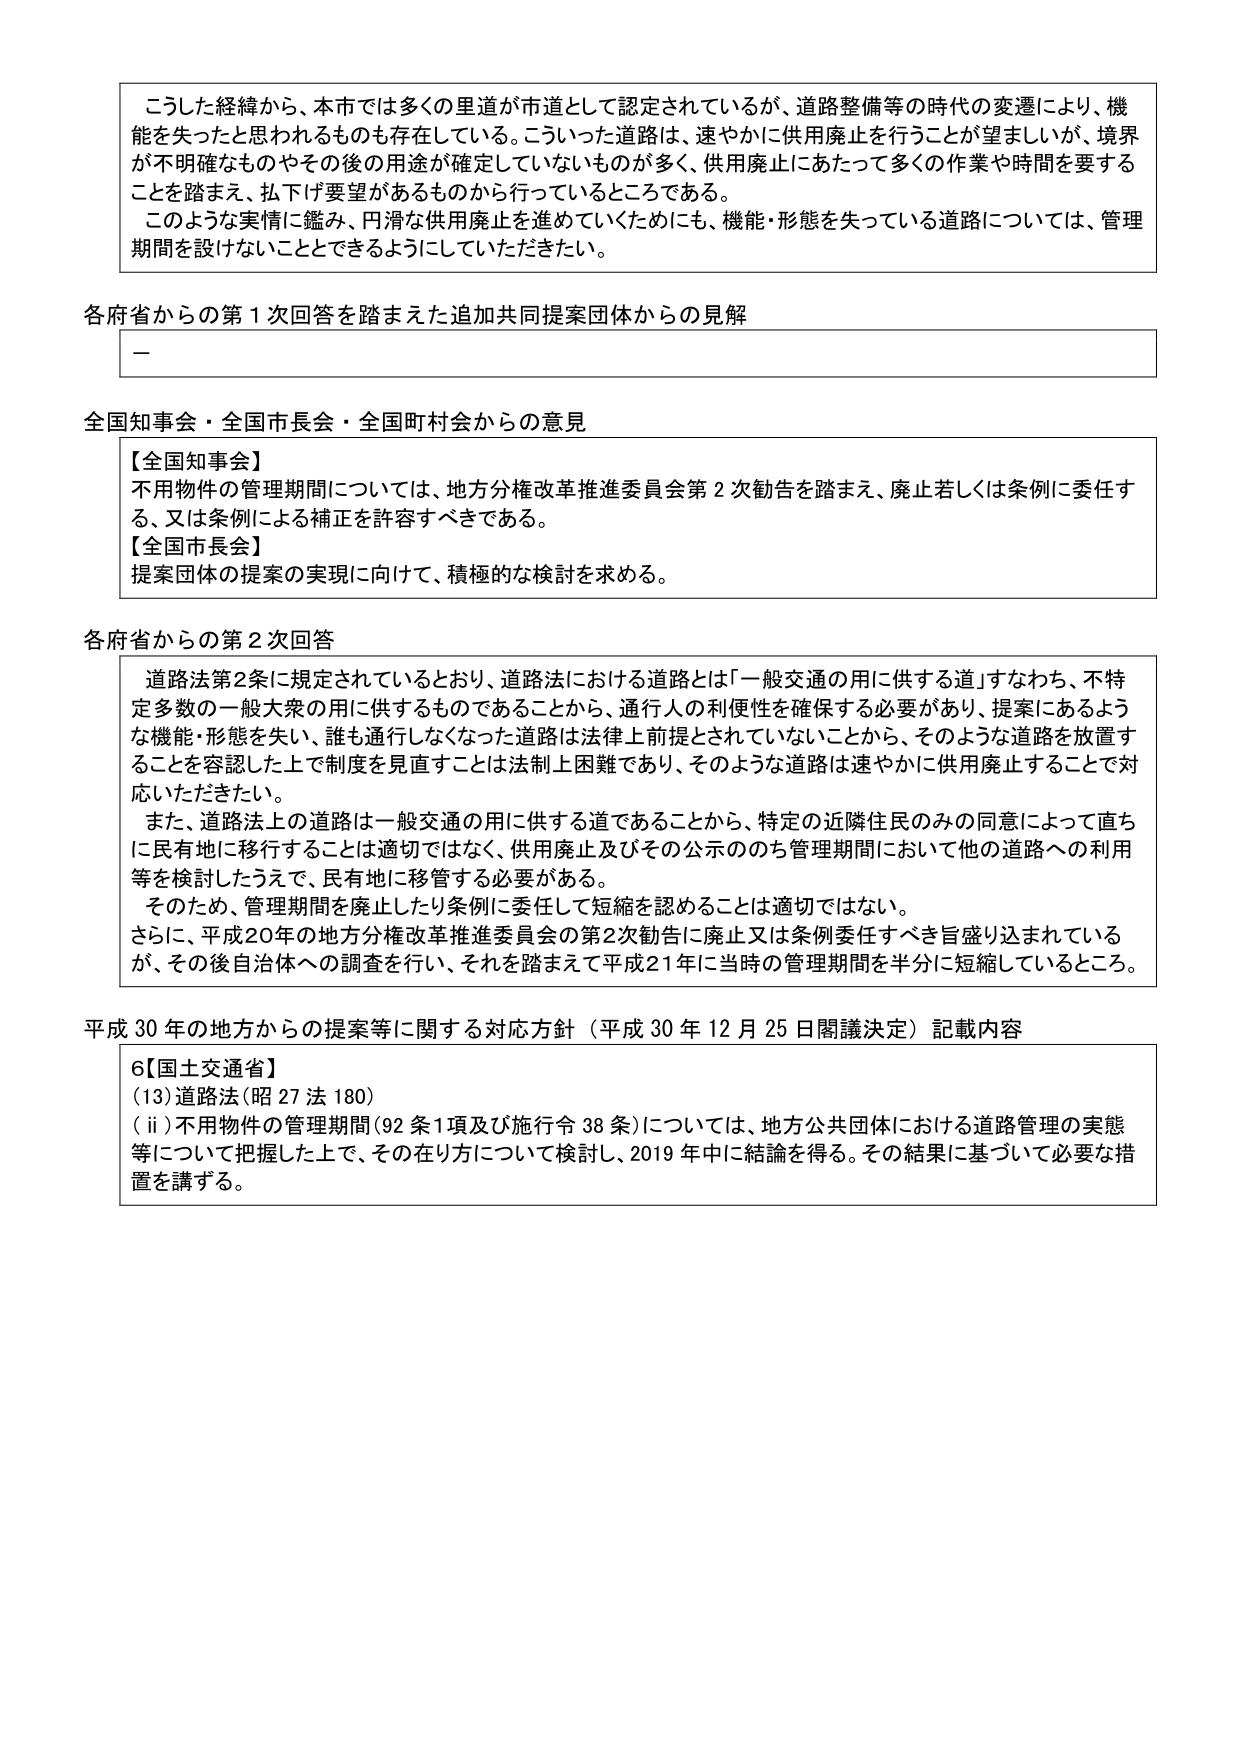
こうした経緯から、本市では多くの里道が市道として認定されているが、道路整備等の時代の変遷により、機能を失ったと思われるものも存在している。こういった道路は、速やかに供用廃止を行うことが望ましいが、境界が不明確なものやその後の用途が確定していないものが多く、供用廃止にあたって多くの作業や時間を要するこを踏まえ、払下げ要望があるものから行っているところである。

このような実情に鑑み、円滑な供用廃止を進めていくためにも、機能・形態を失っている道路については、管理期間を設けないこととできるようにしていただきたい。

各府省からの第１次回答を踏まえた追加共同提案団体からの見解

—

全国知事会・全国市長会・全国町村会からの意見

【全国知事会】
不用物件の管理期間については、地方分権改革推進委員会第２次勧告を踏まえ、廃止若しくは条例に委任する、又は条例による補正を許容すべきである。

【全国市長会】
提案団体の提案の実現に向けて、積極的な検討を求める。

各府省からの第２次回答

道路法第2条に規定されているとおり、道路法における道路とは「一般交通の用に供する道」すなわち、不特定多数の一般大衆の用に供するものであることから、通行人の利便性を確保する必要があり、提案にあるような機能・形態を失い、誰も通行しなくなった道路は法律上前提とされていないことから、そのような道路を放置することを容認した上で制度を見直すことは法制上困難であり、そのような道路は速やかに供用廃止することで対応いただきたい。

また、道路法上の道路は一般交通の用に供する道であることから、特定の近隣住民のみの同意によって直ちに民有地に移行することは適切ではなく、供用廃止及びその公示ののち管理期間において他の道路への利用等を検討したうえで、民有地に移管する必要がある。

そのため、管理期間を廃止したり条例に委任して短縮を認めることは適切ではない。

さらに、平成20年の地方分権改革推進委員会の第2次勧告に廃止又は条例委任すべき旨盛り込まれているが、その後自治体への調査を行い、それを踏まえて平成21年に当時の管理期間を半分に短縮しているところ。

平成30年の地方からの提案等に関する対応方針（平成30年12月25日閣議決定）記載内容

6【国土交通省】
(13)道路法（昭27法180）
（ⅱ）不用物件の管理期間（92条1項及び施行令38条）については、地方公共団体における道路管理の実態等について把握した上で、その在り方について検討し、2019年中に結論を得る。その結果に基づいて必要な措置を講ずる。